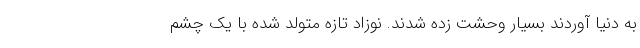
به دنیا آوردند بسیار وحشت زده شدند. نوزاد تازه متولد شده با یک چشم